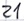
Text: Z1